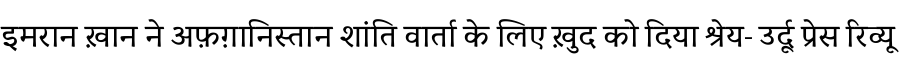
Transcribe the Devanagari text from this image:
इमरान ख़ान ने अफ़ग़ानिस्तान शांति वार्ता के लिए ख़ुद को दिया श्रेय- उर्दू प्रेस रिव्यू